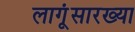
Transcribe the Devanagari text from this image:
लागूंसारख्या